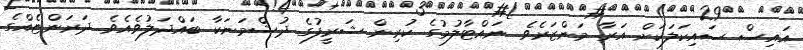
އައިސް ސައިކަލަކަށް އަރާ މަންޒަރެވެ. ނައްޓާލުމުގެ ކުރިން ޝަރީފުގެ ދުޝްމަނަކާ ބައްދަލުވެއެވެ. ދަރަންޏެއްގެ